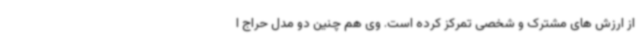
از ارزش های مشترک و شخصی تمرکز کرده است. وی هم چنین دو مدل حراج ا